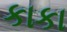
કાકા